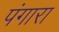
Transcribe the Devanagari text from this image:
पंगारा